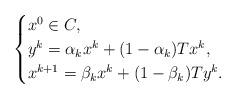
LaTeX: \begin{align*}\begin{cases}x^0 \in C,\\y^k = \alpha_k x^k + (1 - \alpha_k)Tx^k, \\x^{k+1} = \beta_k x^k + (1 - \beta_k)Ty^k.\end{cases}\end{align*}